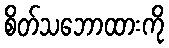
စိတ်သဘောထားကို